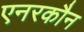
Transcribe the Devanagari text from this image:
एनरकौन